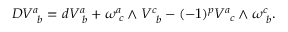
D V _ { \, \, \, b } ^ { a } = d V _ { \, \, b } ^ { a } + \omega _ { \, \, c } ^ { a } \wedge V _ { \, \, \, b } ^ { c } - ( - 1 ) ^ { p } V _ { \, \, \, c } ^ { a } \wedge \omega _ { \, \, b } ^ { c } .